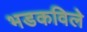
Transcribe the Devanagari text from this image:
भडकविले